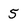
Character: 5